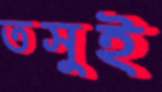
তসুই